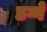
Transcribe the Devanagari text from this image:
डग्गे